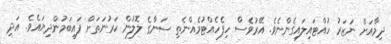
ދިމާއަށް ނަޒަރު ހުއްޓައިލައިގެންނެވެ. އޭރުވެސް ހިފެހެއްޓުމެއްނެތި ސަނާގެ ލޮލުން ކަރުނަތަށް ފައިބަމުންދިޔައެވެ. އަދި